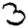
Digit: 3